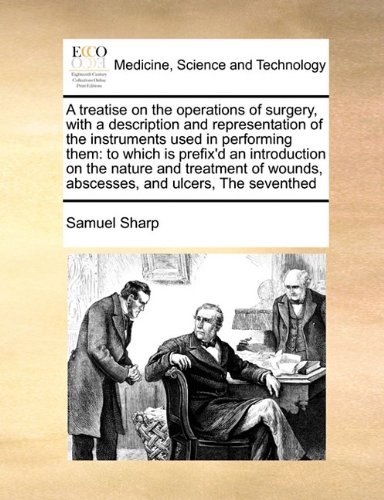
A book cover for A treatise on the operations of surgery, with a description and representation of the instruments used in performing them: to which is prefix'd an ... wounds, abscesses, and ulcers, The seventhed; Samuel Sharp; Health, Fitness & Dieting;